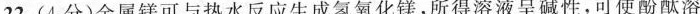
22.(4分)金属镁可与热水反应生成氢氧化镁。所得溶液呈碱性，可使酚酞溶